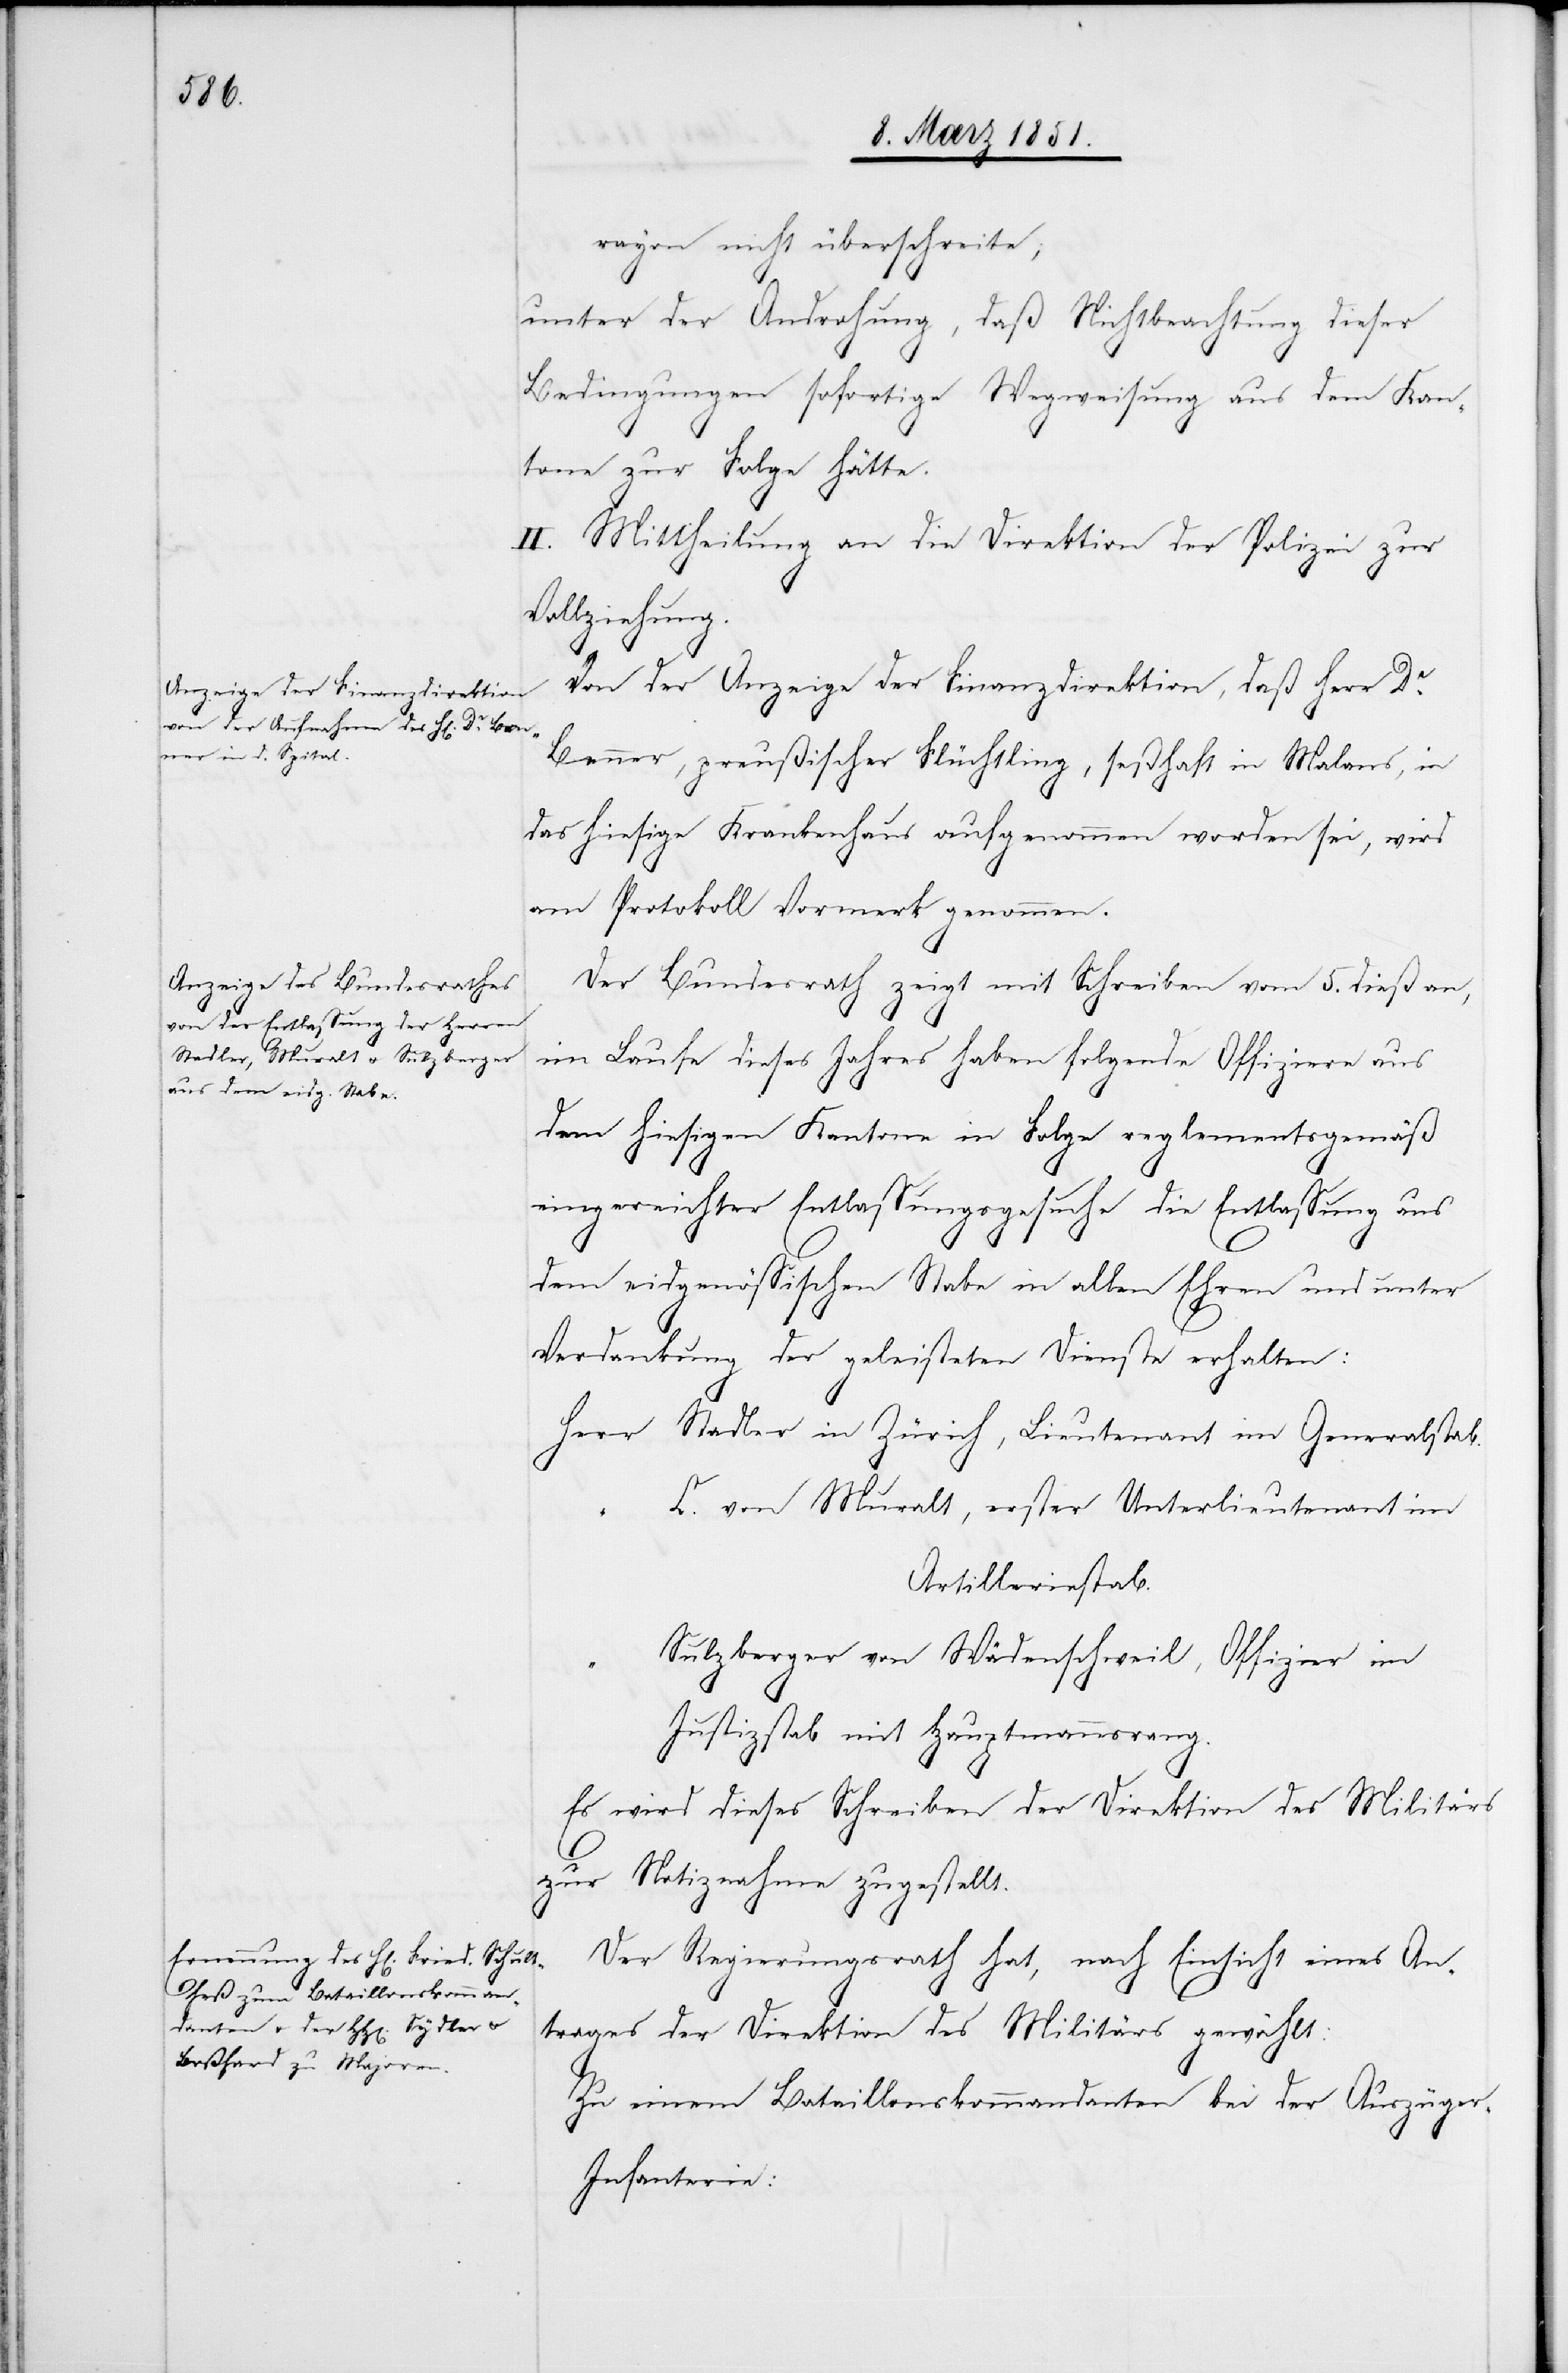
rayon nicht überschreite;
unter der Androhung, daß Nichtbeachtung dieser
Bedingungen sofortige Wegweisung aus dem Kan¬
tone zur Folge hätte.
II. Mittheilung an die Direktion der Polizei zur
Vollziehung.
Von der Anzeige der Finanzdirektion, daß Herr Dr.
Benner, preußischer Flüchtling, seßhaft in Malans, in
das hiesige Krankenhaus aufgenommen worden sei, wird
am Protokoll Vormerk genommen.
Der Bundesrath zeigt mit Schreiben vom 5. dieß an,
im Laufe dieses Jahres haben folgende Offiziere aus
dem hiesigen Kantone in Folge reglementsgemäß
eingereichter Entlassungsgesuche die Entlassung aus
dem eidgenössischen Stabe in allen Ehren und unter
Verdankung der geleisteten Dienste erhalten:
Stadler in Zürich, Lieutenant im Generalstab.
C. von Muralt, erster Unterlieutenant im
Herr
Artilleriestab.
Sulzberger von Wädenschweil, Offizier im
Justizstab mit Hauptmannsrang.
Es wird dieses Schreiben der Direktion des Militärs
zur Notiznahme zugestellt.
Der Regierungsrath hat, nach Einsicht eines An¬
trages der Direktion des Militärs gewählt:
Zu einem Bataillonskommandanten bei der Auszüge¬
r-Infanterie: